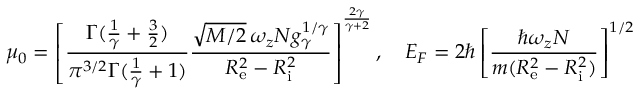
\mu _ { 0 } = \left[ \frac { \Gamma ( \frac { 1 } { \gamma } + \frac { 3 } { 2 } ) } { \pi ^ { 3 / 2 } \Gamma ( \frac { 1 } { \gamma } + 1 ) } \frac { \sqrt { M / 2 } \, \omega _ { z } N g _ { \gamma } ^ { 1 / \gamma } } { R _ { \mathrm { e } } ^ { 2 } - R _ { \mathrm { i } } ^ { 2 } } \right] ^ { \frac { 2 \gamma } { \gamma + 2 } } , \quad E _ { F } = 2 \hbar \left[ \frac { \hbar \omega _ { z } N } { m ( R _ { \mathrm { e } } ^ { 2 } - R _ { \mathrm { i } } ^ { 2 } ) } \right] ^ { 1 / 2 }